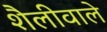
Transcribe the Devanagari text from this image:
शैलीवाले